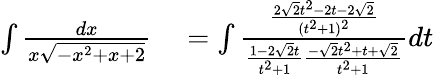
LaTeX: \begin{array}{rl}{\int{\frac{dx}{x{\sqrt{-x^{2}+x+2}}}}}&{{}=\int{\frac{\frac{2{\sqrt{2}}t^{2}-2t-2{\sqrt{2}}}{(t^{2}+1)^{2}}}{{\frac{1-2{\sqrt{2}}t}{t^{2}+1}}{\frac{-{\sqrt{2}}t^{2}+t+{\sqrt{2}}}{t^{2}+1}}}}dt}\end{array}